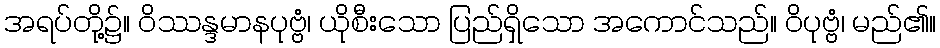
အရပ်တို့၌။ ဝိဿန္ဒမာနပုဗ္ဗံ၊ ယိုစီးသော ပြည်ရှိသော အကောင်သည်။ ဝိပုဗ္ဗံ၊ မည်၏။